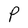
Character: P